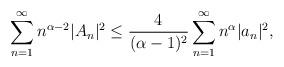
LaTeX: \begin{align*}\displaystyle\sum_{n=1}^{\infty}{n}^{\alpha-2}|A_{n}|^{2}&\leq\frac{4}{(\alpha-1)^{2}}\displaystyle\sum_{n=1}^{\infty}{n}^{\alpha}|a_{n}|^{2},\end{align*}